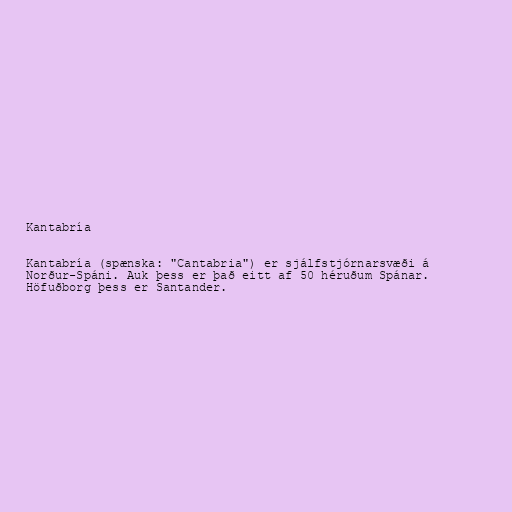
Kantabría

Kantabría (spænska: "Cantabria") er sjálfstjórnarsvæði á
Norður-Spáni. Auk þess er það eitt af 50 héruðum Spánar.
Höfuðborg þess er Santander.